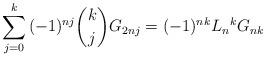
LaTeX: \begin{align*}\sum_{j = 0}^k {( - 1)^{nj} \binom kjG_{2nj} } = ( - 1)^{nk} L_n{}^k G_{nk}\end{align*}